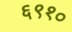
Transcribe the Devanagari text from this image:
६९१०